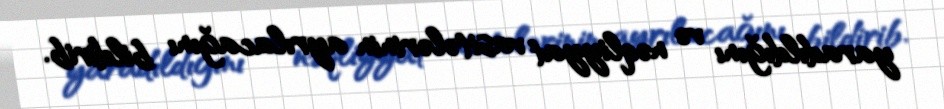
yaradıldığını və nəqliyyat vasitələrinin ayrılacağını bildirib.